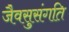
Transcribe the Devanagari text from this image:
जैवसुसंगति